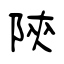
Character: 陝